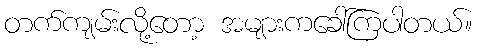
တက်ကျမ်းလို့တော့ အများကခေါ်ကြပါတယ်။